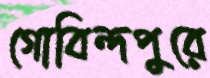
গোবিন্দপুরে